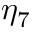
\eta _ { 7 }